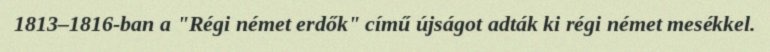
1813–1816-ban a "Régi német erdők" című újságot adták ki régi német mesékkel.